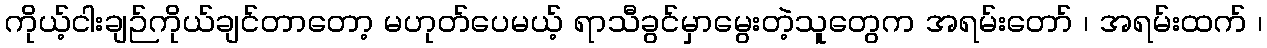
ကိုယ့်ငါးချဉ်ကိုယ်ချင်တာတော့ မဟုတ်ပေမယ့် ရာသီခွင်မှာမွေးတဲ့သူတွေက အရမ်းတော် ၊ အရမ်းထက် ၊